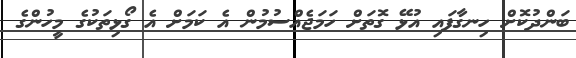
ބަންދުކޮށް ހިނގާފައި އުޅޭ ގޮތަށް ހަމަޖެއްސުމުން އެ ކަމަށް އެ ގޯޅިތަކުގެ މީހުންގެ